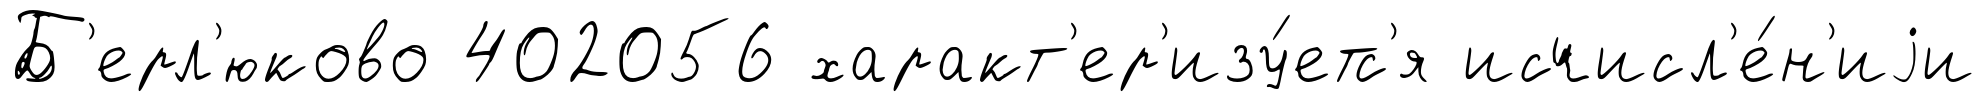
Б'ерл'юково 402056 характ'ер'изу́етс'я исчисл'е́н'иjи